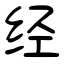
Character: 经